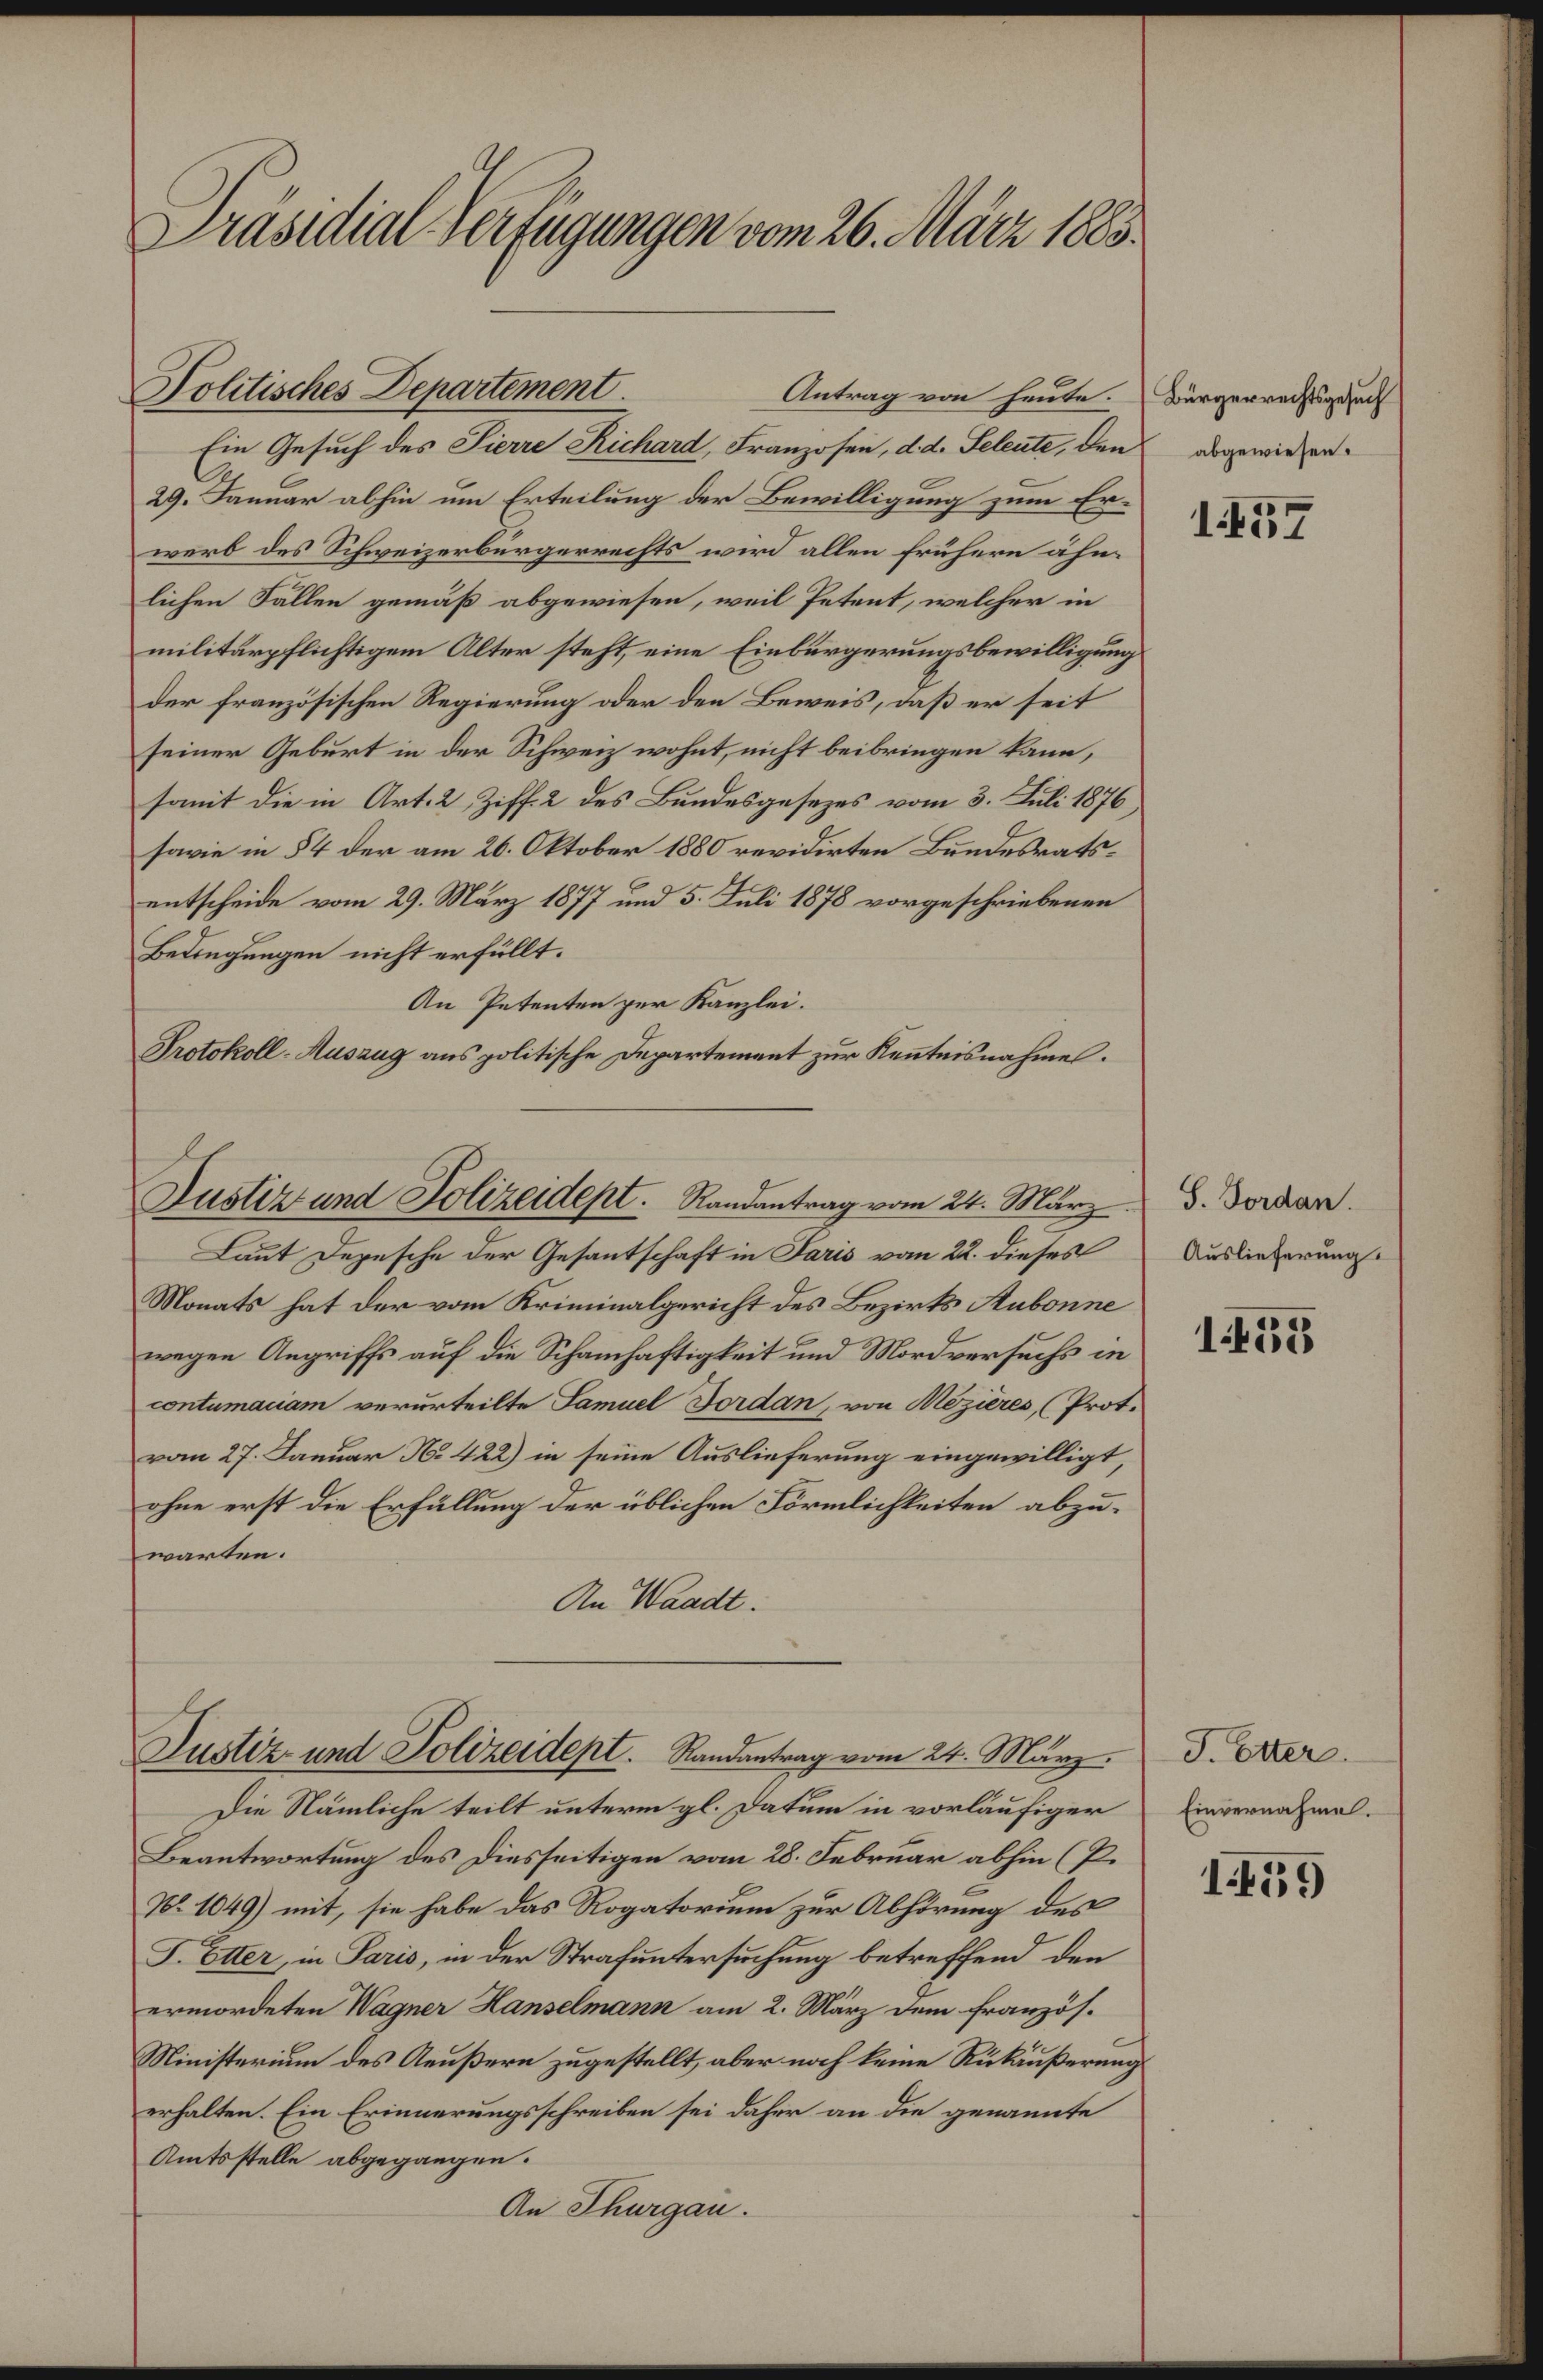
. dint. Srfegget antbtlr 1
 Bengerrahtigfutht
abgewiesen.
188
oltieches Sennn Antagea hute¬
Ein Gesuch des Frn Richart, Franzosen, d. . Abal den
29. Kannar alhin um Erteilung der Bewilligung um Er
erb des Schweizerbürgerrachts wird allen frühern ahe¬
lichen Sällen gemäß abgewiesen, weil Petant, welcher in
militrpflichtgem Alter steht eine Einburgerungsbewilligung
der französischen Regierung der den Beweis, aß er seit
seiner Geburt in der Schweiz wohnt nicht beibringen Bnn,
smit die in Art2 Zffee des Bendesgesezes vom 3. Bl 14876
saie in 54 der am 20. Otober 1800 reridirten Bendesrats¬
entscheide vom 29. März 177 und 5. li 1870 vorgeschiebenen
Belegungen nicht erfült.
An Petenten zer Sanlei.
otokoll asrag aus politische Departemat zur Nenteisnahne.
 8. Sontean
 Auslieferungt
1888.
Jastie unt Solizedescs: Soadentaagom 21. Mar
Lat Dezesche der Gesantschaft in Sais van 2. Dieses
Monats hat dar vom Kriminalzsricht des Brzirts Aakonm
negen Angraiffs auf de Schrnhaftigteit und Mordversechs in
onamaiam verurteilte Saml Jontan, vin Mzes,Prot¬¬
ram 27. Kanuar Ns 122 in seine Auslieferung eingewilligt,
ahre erst die Erhüllung der üblichen Borlichteten abzu.¬
warten.
An aadl.
3.er
Einernahmel.
M8
Iutr ent oteitet Sndstgge 21. Mäg.
Ddie Nänliche teilt unterm gl. datum in vorläufiger
Beantwortung des diesseitigen vom 28. Sebouar abhen 7.
N. 1029. mit, sie habe das Rogatorum zur Alhtrung des
1.ar in Saas, in der Strafuntersuchung betreffend den
ermordeten Ragner Ranilmann am 2. März em französ.
Mieisterum des Aaußern zugestellt aber nach Eeine Rüklußerung
rhalten. Ein Erinerungschreiben sei dahrr an die geaente
Amtsstelle abgegangen.
An Skurgan